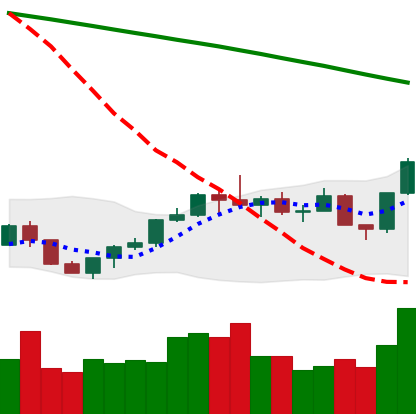
Ticker: LTC-USD
Chart end date: 2022-07-28
Forward return: -8.225%
Label: down_7plus